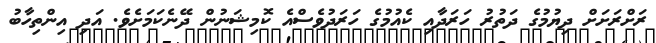
ރަށްރަށަށް ދިޔުމުގެ ދަތުރު ހަރަދާއި ކެއުމުގެ ހަރަދުވެސްއެ ކޮމިޝަނުން ދޭނެކަމަށެވެ. އަދި އިންތިހާބު